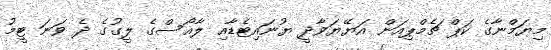
މިޔަމްނާގެ ކަޕް ޗެމްޕިއަން އަޔޭޔަވާދީ ޔުނައިޓެޑާއި ލާއޯސްގެ ލީގުގެ ދެ ވަނަ ޓީމު